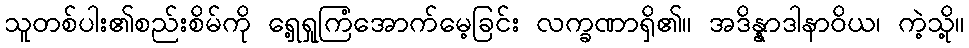
သူတစ်ပါး၏စည်းစိမ်ကို ရှေ့ရှုကြံအောက်မေ့ခြင်း လက္ခဏာရှိ၏။ အဒိန္နာဒါနာဝိယ၊ ကဲ့သို့။